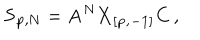
LaTeX: { \bf S _ { p , N } } = { \bf A } ^ { N } { \bf X _ { [ p , - 1 ] } C } \, ,